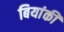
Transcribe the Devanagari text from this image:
बियांकी